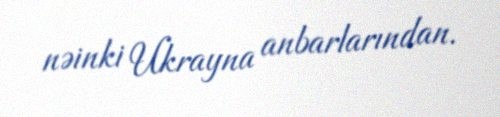
nəinki Ukrayna anbarlarından.